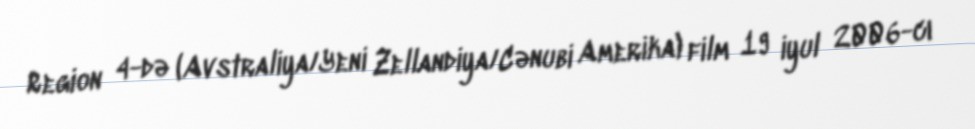
Region 4-də (Avstraliya/Yeni Zellandiya/Cənubi Amerika) film 19 iyul 2006-cı